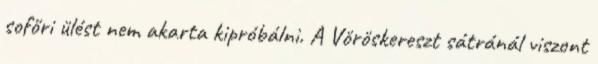
sofőri ülést nem akarta kipróbálni. A Vöröskereszt sátránál viszont